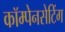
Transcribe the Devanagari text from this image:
कॉम्पेनसेटिंग